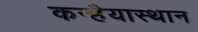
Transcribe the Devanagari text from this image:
कन्हैयास्थान